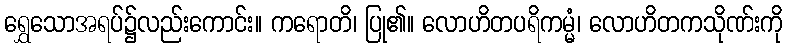
ရွှေသောအရပ်၌လည်းကောင်း။ ကရောတိ၊ ပြု၏။ လောဟိတပရိကမ္မံ၊ လောဟိတကသိုဏ်းကို